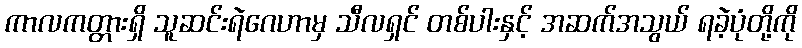
ကာလကတ္တားရှိ သူဆင်းရဲဂေဟာမှ သီလရှင် တစ်ပါးနှင့် အဆက်အသွယ် ရခဲ့ပုံတို့ကို